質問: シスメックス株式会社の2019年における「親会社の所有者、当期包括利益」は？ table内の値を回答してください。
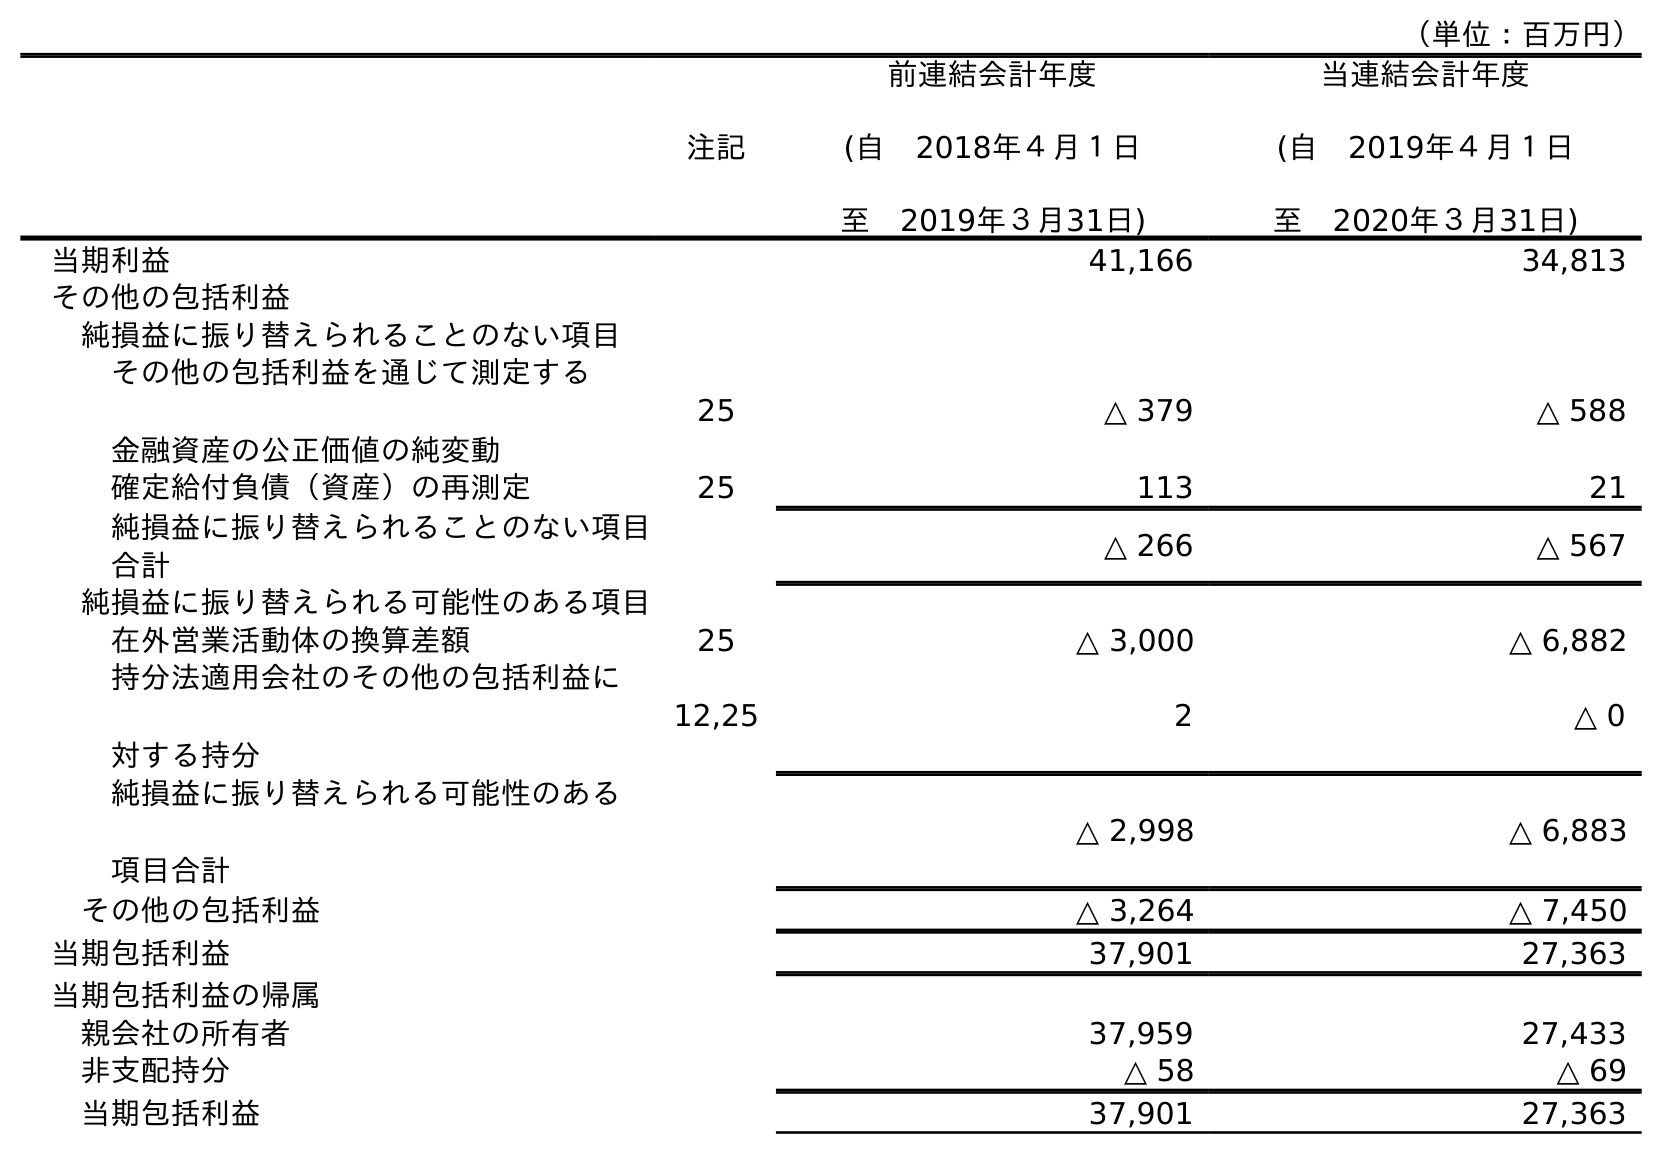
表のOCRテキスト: （単位：百万円） 注記 前連結会計年度 (自 2018年４月１日 至 2019年３月31日) 当連結会計年度 (自 2019年４月１日 至 2020年３月31日) 当期利益 41,166 34,813 その他の包括利益 純損益に振り替えられることのない項目 その他の包括利益を通じて測定する 金融資産の公正価値の純変動 25 △ 379 △ 588 確定給付負債（資産）の再測定 25 113 21 純損益に振り替えられることのない項目 合計 △ 266 △ 567 純損益に振り替えられる可能性のある項目 在外営業活動体の換算差額 25 △ 3,000 △ 6,882 持分法適用会社のその他の包括利益に 対する持分 12,25 2 △ 0 純損益に振り替えられる可能性のある 項目合計 △ 2,998 △ 6,883 その他の包括利益 △ 3,264 △ 7,450 当期包括利益 37,901 27,363 当期包括利益の帰属 親会社の所有者 37,959 27,433 非支配持分 △ 58 △ 69 当期包括利益 37,901 27,363
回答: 37,959